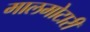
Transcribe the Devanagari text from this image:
मालमोटारी